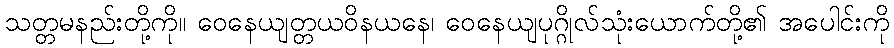
သတ္တမနည်းတို့ကို။ ဝေနေယျတ္တယဝိနယနေ၊ ဝေနေယျပုဂ္ဂိုလ်သုံးယောက်တို့၏ အပေါင်းကို